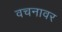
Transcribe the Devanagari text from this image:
वचनावर